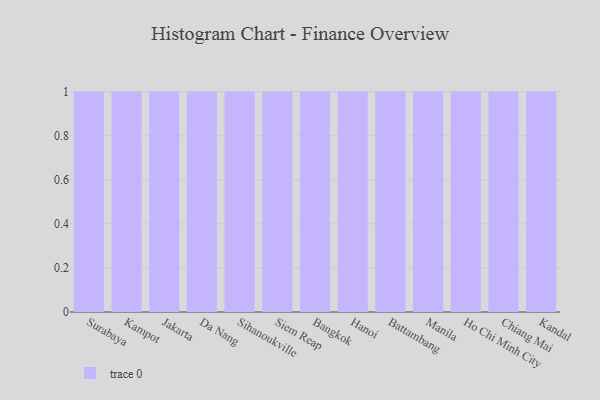
{"axis": {"x": "City", "y": "Page Views"}, "legend": [""], "data": [{"x": "Surabaya", "y": 4, "type": ""}, {"x": "Kampot", "y": 31, "type": ""}, {"x": "Jakarta", "y": 95, "type": ""}, {"x": "Da Nang", "y": 74, "type": ""}, {"x": "Sihanoukville", "y": 85, "type": ""}, {"x": "Siem Reap", "y": 39, "type": ""}, {"x": "Bangkok", "y": 47, "type": ""}, {"x": "Hanoi", "y": 74, "type": ""}, {"x": "Battambang", "y": 29, "type": ""}, {"x": "Manila", "y": 61, "type": ""}, {"x": "Ho Chi Minh City", "y": 83, "type": ""}, {"x": "Chiang Mai", "y": 32, "type": ""}, {"x": "Kandal", "y": 36, "type": ""}]}